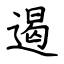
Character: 遏